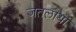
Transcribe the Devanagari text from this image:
जतलाया